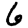
Digit: 6